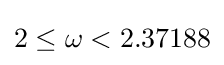
2\leq \omega <2.37188